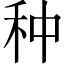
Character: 种